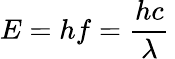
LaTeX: E=hf={\frac{hc}{\lambda}}\,